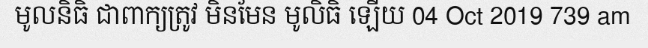
មូលនិធិ ជាពាក្យត្រូវ មិនមែន មូលិធិ ឡើយ 04 Oct 2019 739 am